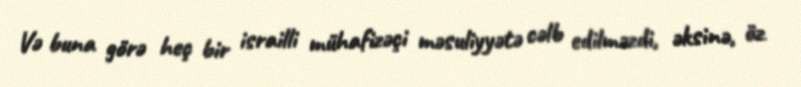
Və buna görə heç bir israilli mühafizəçi məsuliyyətə cəlb edilməzdi, əksinə, öz